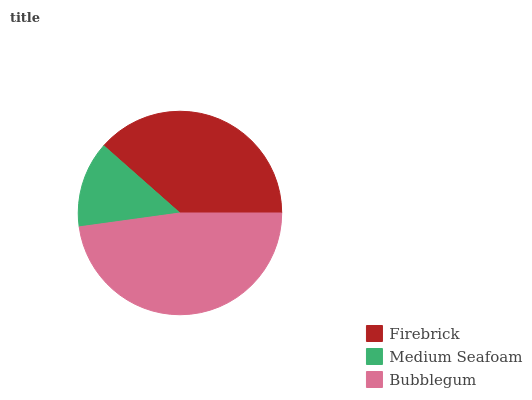
| Firebrick | Medium Seafoam | Bubblegum |
 | --- | --- | --- |
 | 38.5% | 13.7% | 47.8% |